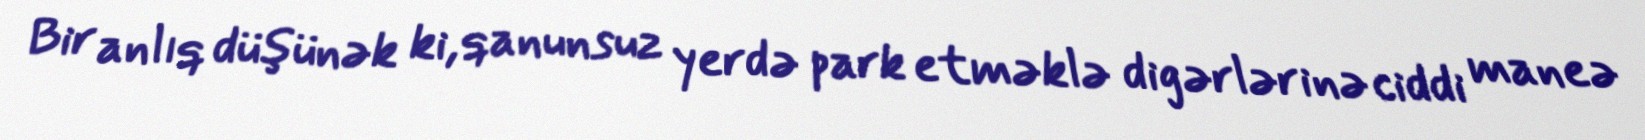
Bir anlıq düşünək ki, qanunsuz yerdə park etməklə digərlərinə ciddi maneə